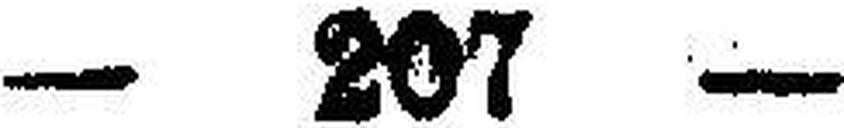
— 207 —